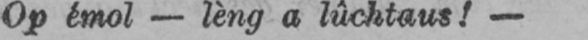
Op émol - lèng a lûchtaus!-